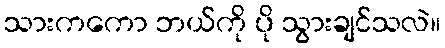
သားကကော ဘယ်ကို ပို သွားချင်သလဲ။